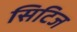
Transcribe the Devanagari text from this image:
सिटिज